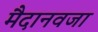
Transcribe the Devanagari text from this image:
मैदानवजा